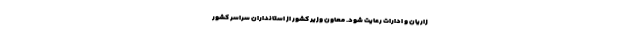
زاریان و ادارات رعایت شود. معاون وزیر کشور از استانداران سراسر کشور